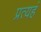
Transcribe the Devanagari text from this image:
प्रत्यहं